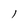
Character: l